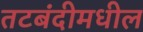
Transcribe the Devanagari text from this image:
तटबंदीमधील